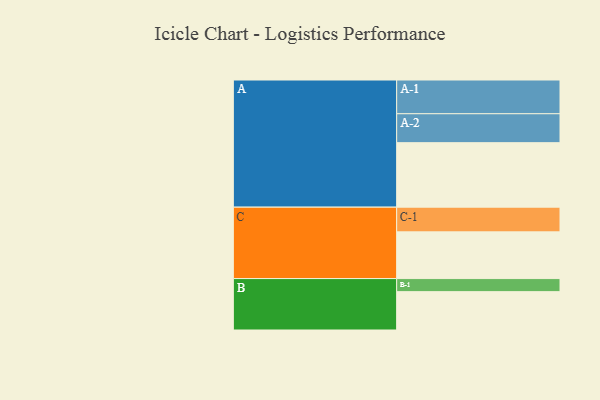
{"axis": {"x": "Segment", "y": "Value"}, "legend": ["", "A", "B", "C"], "data": [{"x": "A", "y": 562, "type": ""}, {"x": "B", "y": 334, "type": ""}, {"x": "C", "y": 407, "type": ""}, {"x": "A-1", "y": 294, "type": "A"}, {"x": "A-2", "y": 252, "type": "A"}, {"x": "B-1", "y": 114, "type": "B"}, {"x": "C-1", "y": 215, "type": "C"}]}